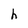
Character: h